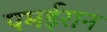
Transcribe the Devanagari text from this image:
पमईरान